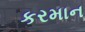
કરમાન